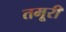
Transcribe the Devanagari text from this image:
तमूरी